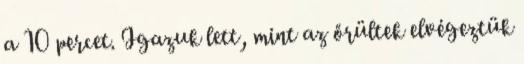
a 10 percet. Igazuk lett, mint az őrültek elvégeztük